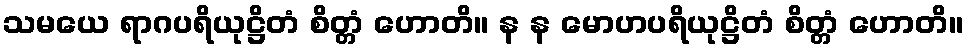
သမယေ ရာဂပရိယုဋ္ဌိတံ စိတ္တံ ဟောတိ။ န န မောဟပရိယုဋ္ဌိတံ စိတ္တံ ဟောတိ။